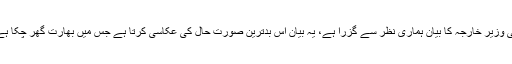
قبل ازیں وزارت خارجہ سے جاری ایک بیان میں وزیر خارجہ شاہ محمود قریشی نے کہا تھا کہ 'بھارتی وزیر خارجہ کا بیان ہماری نظر سے گزرا ہے، یہ بیان اس بدترین صورت حال کی عکاسی کرتا ہے جس میں بھارت گھر چکا ہے اور اپنے یک طرفہ اقدامات سے پورے خطے کے امن و امان کو خطرات سے دوچار کرنا چاہتا ہے'۔